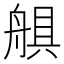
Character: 𦩛